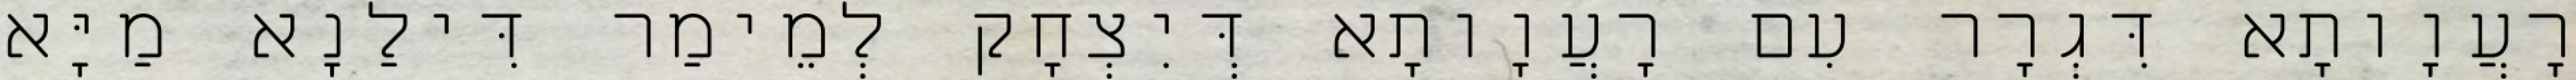
רָעֲוָותָא דִּגְרָר עִם רָעֲוָותָא דְּיִצְחָק לְמֵימַר דִּילַנָא מַיָּא